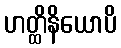
ဟတ္ထိနိယောပိ